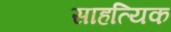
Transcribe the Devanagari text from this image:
साहत्यिक